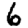
Digit: 6